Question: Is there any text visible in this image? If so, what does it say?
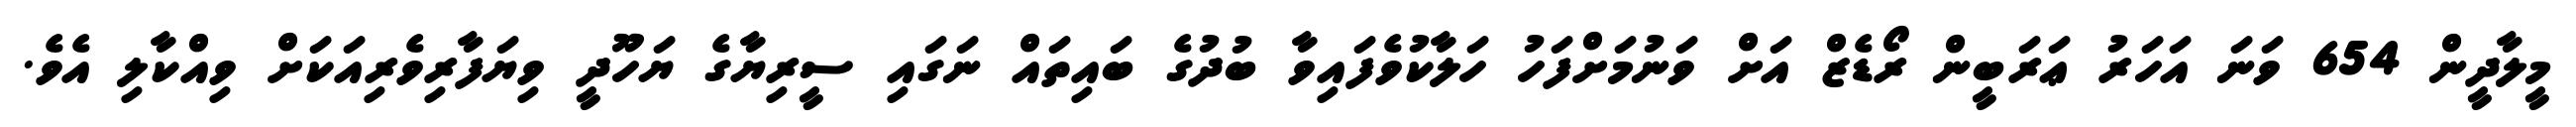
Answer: މީލާދީން 654 ވަނަ އަހަރު ޢަރަބީން ރޯޑެޒް އަށް ވަނުމަށްފަހު ހަލާކުވެފައިވާ ބުދުގެ ބައިތައް ނަގައި ސީރިޔާގެ ޔަހޫދީ ވިޔަފާރިވެރިއަކަށް ވިއްކާލި އެވެ.